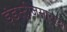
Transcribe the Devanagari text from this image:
इंडस्ट्रीजसारख्या